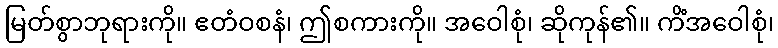
မြတ်စွာဘုရားကို။ ဧတံဝစနံ၊ ဤစကားကို။ အဝေါစုံ၊ ဆိုကုန်၏။ ကိံအဝေါစုံ၊